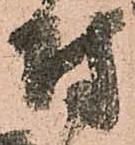
付